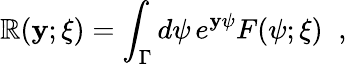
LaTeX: \mathbb{R}(\mathbf{y};\xi)=\int_{\Gamma}d\psi\, e^{\mathbf{y}\psi}F(\psi;\xi)\; \; ,